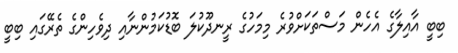
ބިބީ އާއިލާގެ އެހެން މަސްތަކަށްވުރެ މިމަހުގެ ރީނދޫކުލަ ބޮޑުކަމުންނާއި ދިވެހިންގެ ތެރޭގައި ބިބީ